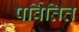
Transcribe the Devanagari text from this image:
पर्वितित